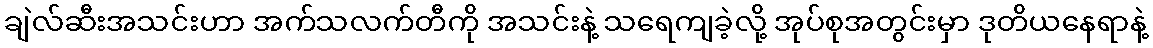
ချဲလ်ဆီးအသင်းဟာ အက်သလက်တီကို အသင်းနဲ့ သရေကျခဲ့လို့ အုပ်စုအတွင်းမှာ ဒုတိယနေရာနဲ့